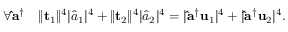
\forall \mathbf { \hat { a } } ^ { \dag } \quad \lVert \mathbf { t } _ { 1 } \rVert ^ { 4 } \lvert \hat { a } _ { 1 } \rvert ^ { 4 } + \lVert \mathbf { t } _ { 2 } \rVert ^ { 4 } \lvert \hat { a } _ { 2 } \rvert ^ { 4 } = \lvert \mathbf { \hat { a } } ^ { \dag } \mathbf { u } _ { 1 } \rvert ^ { 4 } + \lvert \mathbf { \hat { a } } ^ { \dag } \mathbf { u } _ { 2 } \rvert ^ { 4 } .